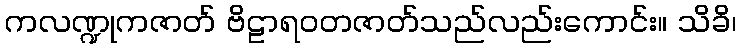
ကလဏ္ဍုကဇာတ် ဗိဠာရဝတဇာတ်သည်လည်းကောင်း။ သိခိ၊